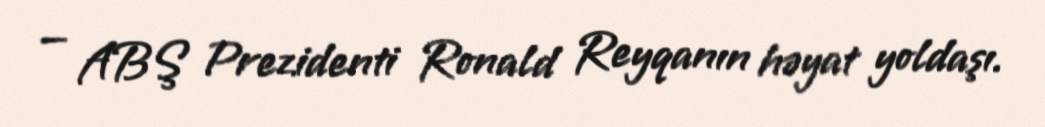
— ABŞ Prezidenti Ronald Reyqanın həyat yoldaşı.